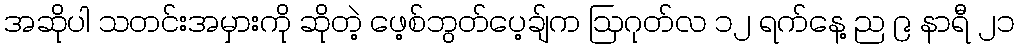
အဆိုပါ သတင်းအမှားကို ဆိုတဲ့ ဖေ့စ်ဘွတ်ပေ့ချ်က ဩဂုတ်လ ၁၂ ရက်နေ့ ည ၉ နာရီ ၂၁